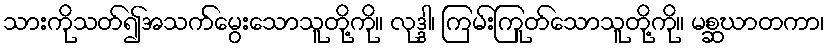
သားကိုသတ်၍အသက်မွေးသောသူတို့ကို။ လုဒ္ဒါ၊ ကြမ်းကြုတ်သောသူတို့ကို။ မစ္ဆဃာတကာ၊